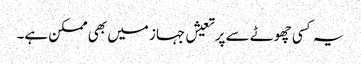
یہ کسی چھوٹے سے پرتعیش جہاز میں بھی ممکن ہے۔